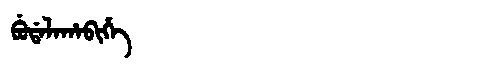
Manchu: ᠪᡠᡩᠠᠯᠠᡥᠠᠪᡳᡥᡝ
Romanization: BUDALAHABIHE